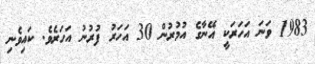
1983 ވަނަ އަހަރަކީ އޭނާގެ އުމުރުން 30 އަހަރު ފުރުނު އަހަރެވެ. ކައިވެނި